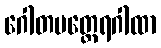
ဂေါတမတ္ထေရဂါထာ